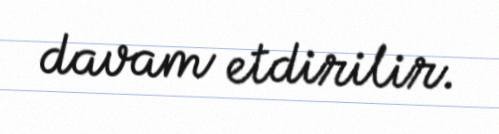
davam etdirilir.